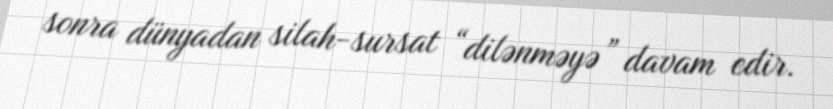
sonra dünyadan silah-sursat “dilənməyə” davam edir.